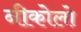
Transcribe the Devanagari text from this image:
नीकोलो